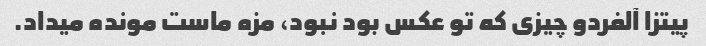
پیتزا آلفردو چیزی که تو عکس بود نبود، مزه ماست مونده میداد.